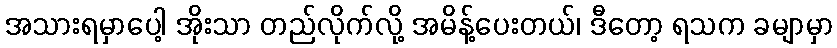
အသားရမှာပေါ့ အိုးသာ တည်လိုက်လို့ အမိန့်ပေးတယ်၊ ဒီတော့ ရသက ခမျာမှာ